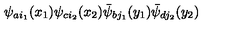
\psi _ { a i _ { 1 } } ( x _ { 1 } ) \psi _ { c i _ { 2 } } ( x _ { 2 } ) \bar { \psi } _ { b j _ { 1 } } ( y _ { 1 } ) \bar { \psi } _ { d j _ { 2 } } ( y _ { 2 } )